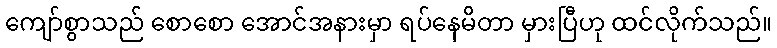
ကျော်စွာသည် စောစော အောင်အနားမှာ ရပ်နေမိတာ မှားပြီဟု ထင်လိုက်သည်။